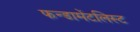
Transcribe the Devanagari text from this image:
फन्डामेंटलिस्ट